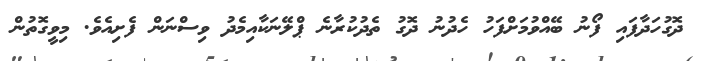
ދޮގުހަދާފައި ފޯނު ބޭއްވުމަށްފަހު ހެދުނު ދޮގު ތެދުކުރާނެ ޕްލޭނަކާއިމެދު ވިސްނަން ފެށިއެވެ. މިވީގޮތުން